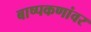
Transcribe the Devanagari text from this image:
बाष्पकणांवर